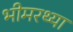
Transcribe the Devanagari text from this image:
भीमरथ्या